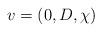
LaTeX: \begin{align*}v=(0, D, \chi)\end{align*}